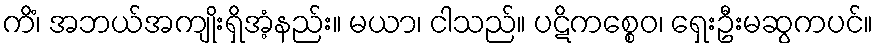
ကိံ၊ အဘယ်အကျိုးရှိအံ့နည်း။ မယာ၊ ငါသည်။ ပဋိကစ္စေဝ၊ ရှေးဦးမဆွကပင်။